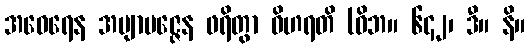
အဝေရေန အဗျာပဇ္ဇေန ဖရိတွာ ဝိဟရတိ (ဝိဘ။ ၆၄၂၊ ဒီ။ နိ။